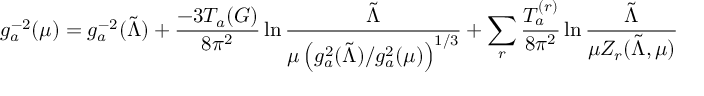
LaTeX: g _ { a } ^ { - 2 } ( \mu ) = g _ { a } ^ { - 2 } ( \tilde { \Lambda } ) + \frac { - 3 T _ { a } ( G ) } { 8 \pi ^ { 2 } } \ln \frac { \tilde { \Lambda } } { \mu \left( { g _ { a } ^ { 2 } ( \tilde { \Lambda } ) } / { g _ { a } ^ { 2 } ( \mu ) } \right) ^ { 1 / 3 } } + \sum _ { r } \frac { T _ { a } ^ { ( r ) } } { 8 \pi ^ { 2 } } \ln \frac { \tilde { \Lambda } } { \mu Z _ { r } ( \tilde { \Lambda } , \mu ) }